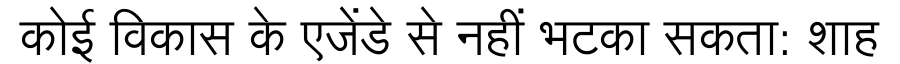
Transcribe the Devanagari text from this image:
कोई विकास के एजेंडे से नहीं भटका सकता: शाह